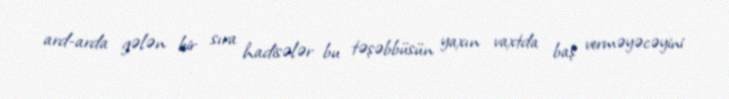
ard-arda gələn bir sıra hadisələr bu təşəbbüsün yaxın vaxtda baş verməyəcəyini